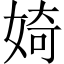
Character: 婍